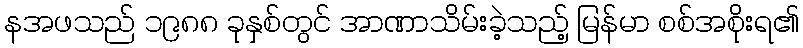
နအဖသည် ၁၉၈၈ ခုနှစ်တွင် အာဏာသိမ်းခဲ့သည့် မြန်မာ စစ်အစိုးရ၏